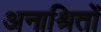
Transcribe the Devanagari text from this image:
अनाश्रितों